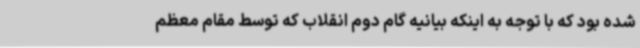
شده بود که با توجه به اینکه بیانیه گام دوم انقلاب که توسط مقام معظم